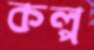
কল্প